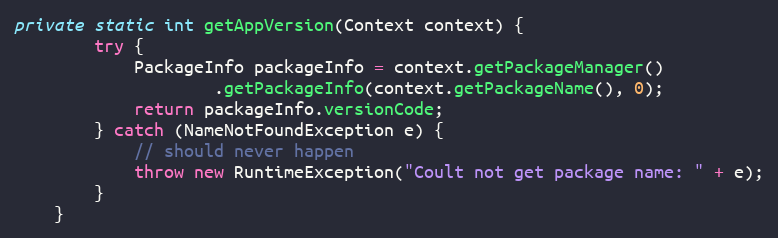
Language: Java
private static int getAppVersion(Context context) {
        try {
            PackageInfo packageInfo = context.getPackageManager()
                    .getPackageInfo(context.getPackageName(), 0);
            return packageInfo.versionCode;
        } catch (NameNotFoundException e) {
            // should never happen
            throw new RuntimeException("Coult not get package name: " + e);
        }
    }